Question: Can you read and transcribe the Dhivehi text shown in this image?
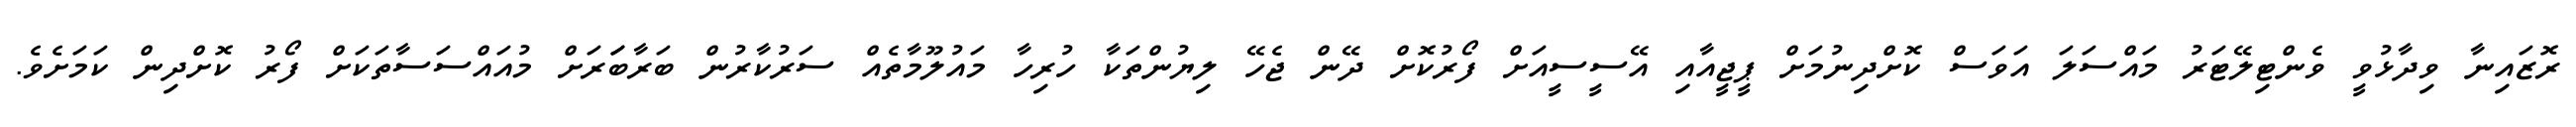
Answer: ރޮޒައިނާ ވިދާޅުވީ ވެންޓިލޭޓަރު މައްސަލަ އަވަސް ކޮށްދިނުމަށް ޕީޖީއާއި އޭސީސީއަށް ފޯރުކޮށް ދޭން ޖެހޭ ލިޔުންތަކާ ހުރިހާ މައުލޫމާތެއް ސަރުކާރުން ބަރާބަަރަށް މުއައްސަސާތަކަށް ފޯރު ކޮށްދިން ކަމަށެވެ.